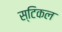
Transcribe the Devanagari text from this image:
स्टिकल